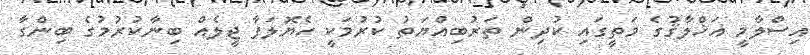
އިސްލާމީ އަޚްލާޤުގެ މަތީގައި ކުދިން ތަރުބިއްޔަތު ކުރުމަކީ ހެޔޮލަފާ ޖީލެއް ބިނާކުރުމުގެ ބިންގާ